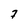
Character: 7